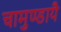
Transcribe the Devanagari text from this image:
चामुण्डायै